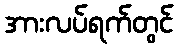
အားလပ်ရက်တွင်